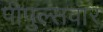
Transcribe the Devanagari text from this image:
पीपुल्सवार